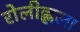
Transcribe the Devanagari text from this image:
रोलीह्लला